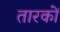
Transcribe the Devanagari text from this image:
तारकों